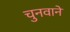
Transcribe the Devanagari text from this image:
चुनवाने